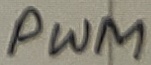
Text: PWM